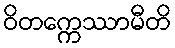
ဝိတက္ကေဿာမီတိ